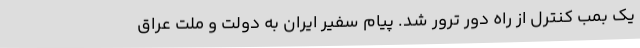
یک بمب کنترل از راه دور ترور شد. پیام سفیر ایران به دولت و ملت عراق